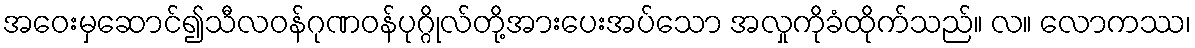
အဝေးမှဆောင်၍သီလဝန်ဂုဏဝန်ပုဂ္ဂိုလ်တို့အားပေးအပ်သော အလှုကိုခံထိုက်သည်။ လ။ လောကဿ၊